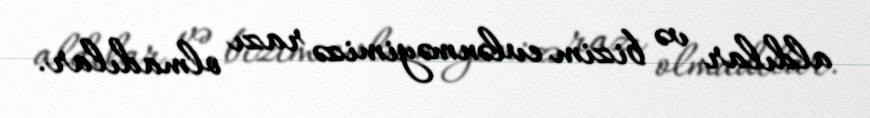
aldılar və bizim evlənməyimizə razı olmadılar.